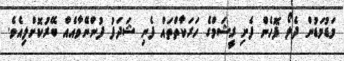
މަޑުމަޑުން ދެލޯ ފޮހެން ފެށި ރީޝަމްގެ ހަރަކާތްތައް ފެނި ޝަދަފު ފުންނޭވާއެއް ބޭރުކޮށްލިއެވެ.